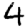
Digit: 4